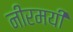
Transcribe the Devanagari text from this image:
नीरमयी